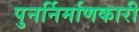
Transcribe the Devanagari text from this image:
पुनर्निर्माणकारी